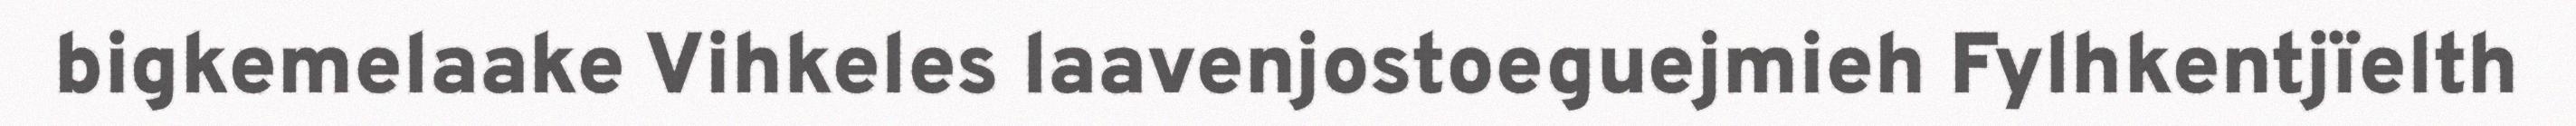
bigkemelaake Vihkeles laavenjostoeguejmieh Fylhkentjïelth